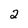
Character: 2